Annual administration report of the Civil Veterinary Department of India - 1894-1895
Year: 1894
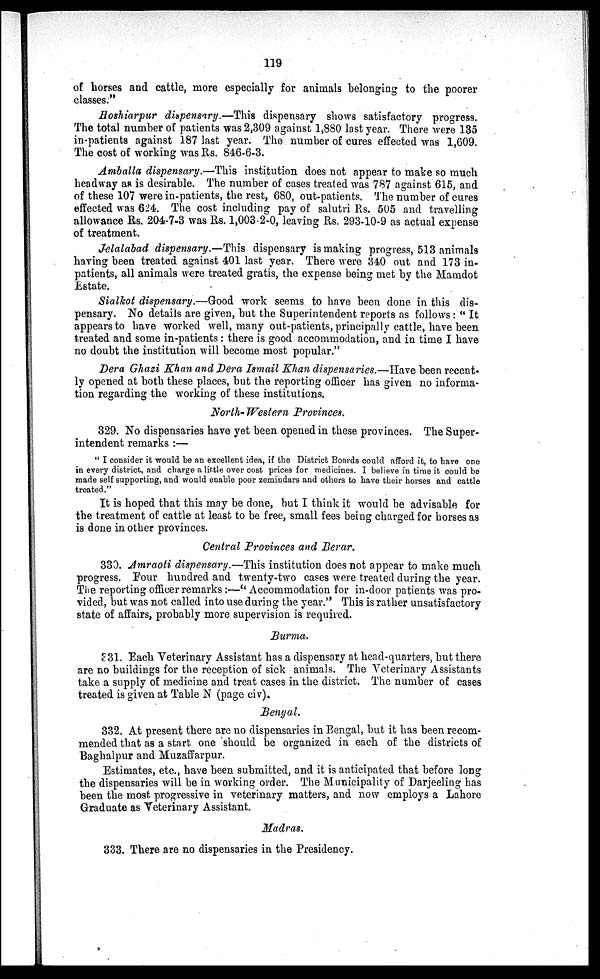
119
of horses and cattle, more especially for animals belonging to the poorer
classes."
Hoshiarpur dispensary.—This dispensary shows satisfactory progress.
The total number of patients was 2,309 against 1,880 last year. There were 135
in-patients against 187 last year. The number of cures effected was 1,609.
The cost of working was Rs. 846-6-3.
Amballa dispensary.—This institution does not appear to make so much
headway as is desirable. The number of cases treated was 787 against 615, and
of these 107 were in-patients, the rest, 680, out-patients. The number of cures
effected was 624. The cost including pay of salutri Rs. 505 and travelling
allowance Rs. 204-7-3 was Rs. 1,003-2-0, leaving Rs. 293-10-9 as actual expense
of treatment.
Jelalabad dispensary.—This dispensary is making progress, 513 animals
having been treated against 401 last year. There were 340 out and 173 in-
patients, all animals were treated gratis, the expense being met by the Mamdot
Estate.
Sialkot dispensary.—Good work seems to have been done in this dis-
pensary. No details are given, but the Superintendent reports as follows: " It
appears to have worked well, many out-patients, principally cattle, have been
treated and some in-patients: there is good accommodation, and in time I have
no doubt the institution will become most popular."
Dera Ghazi Khan and Dera Ismail Khan dispensaries.—Have been recent-
ly opened at both these places, but the reporting officer has given no informa-
tion regarding the working of these institutions.
North-Western Provinces.
329. No dispensaries have yet been opened in these provinces. The Super-
intendent remarks :—
" I consider it would be an excellent idea, if the District Boards could afford it, to have one
in every district, and charge a little over cost prices for medicines. I believe in time it could be
made self supporting, and would enable poor zemindars and others to have their horses and cattle
treated."
It is hoped that this may be done, but I think it would be advisable for
the treatment of cattle at least to be free, small fees being charged for horses as
is done in other provinces.
Central Provinces and Berar.
330. Amraoti dispensary.—This institution does not appear to make much
progress. Four hundred and twenty-two cases were treated during the year.
The reporting officer remarks :— "Accommodation for in-door patients was pro-
vided, but was not called into use during the year." This is rather unsatisfactory
state of affairs, probably more supervision is required.
Burma.
331. Each Veterinary Assistant has a dispensary at head-quarters, but there
are no buildings for the reception of sick animals. The Veterinary Assistants
take a supply of medicine and treat cases in the district. The number of cases
treated is given at Table N (page civ).
Bengal.
332. At present there are no dispensaries in Bengal, but it has been recom-
mended that as a start one should be organized in each of the districts of
Baghalpur and Muzaffarpur.
Estimates, etc., have been submitted, and it is anticipated that before long
the dispensaries will be in working order. The Municipality of Darjeeling has
been the most progressive in veterinary matters, and now employs a Lahore
Graduate as Veterinary Assistant.
Madras.
333. There are no dispensaries in the Presidency.